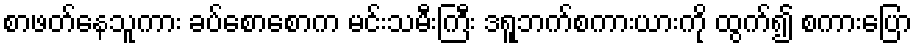
စာဖတ်နေသူကား ခပ်စောစောက မင်းသမီးကြီး ဒရူဘက်စကားယားကို ထွက်၍ စကားပြော